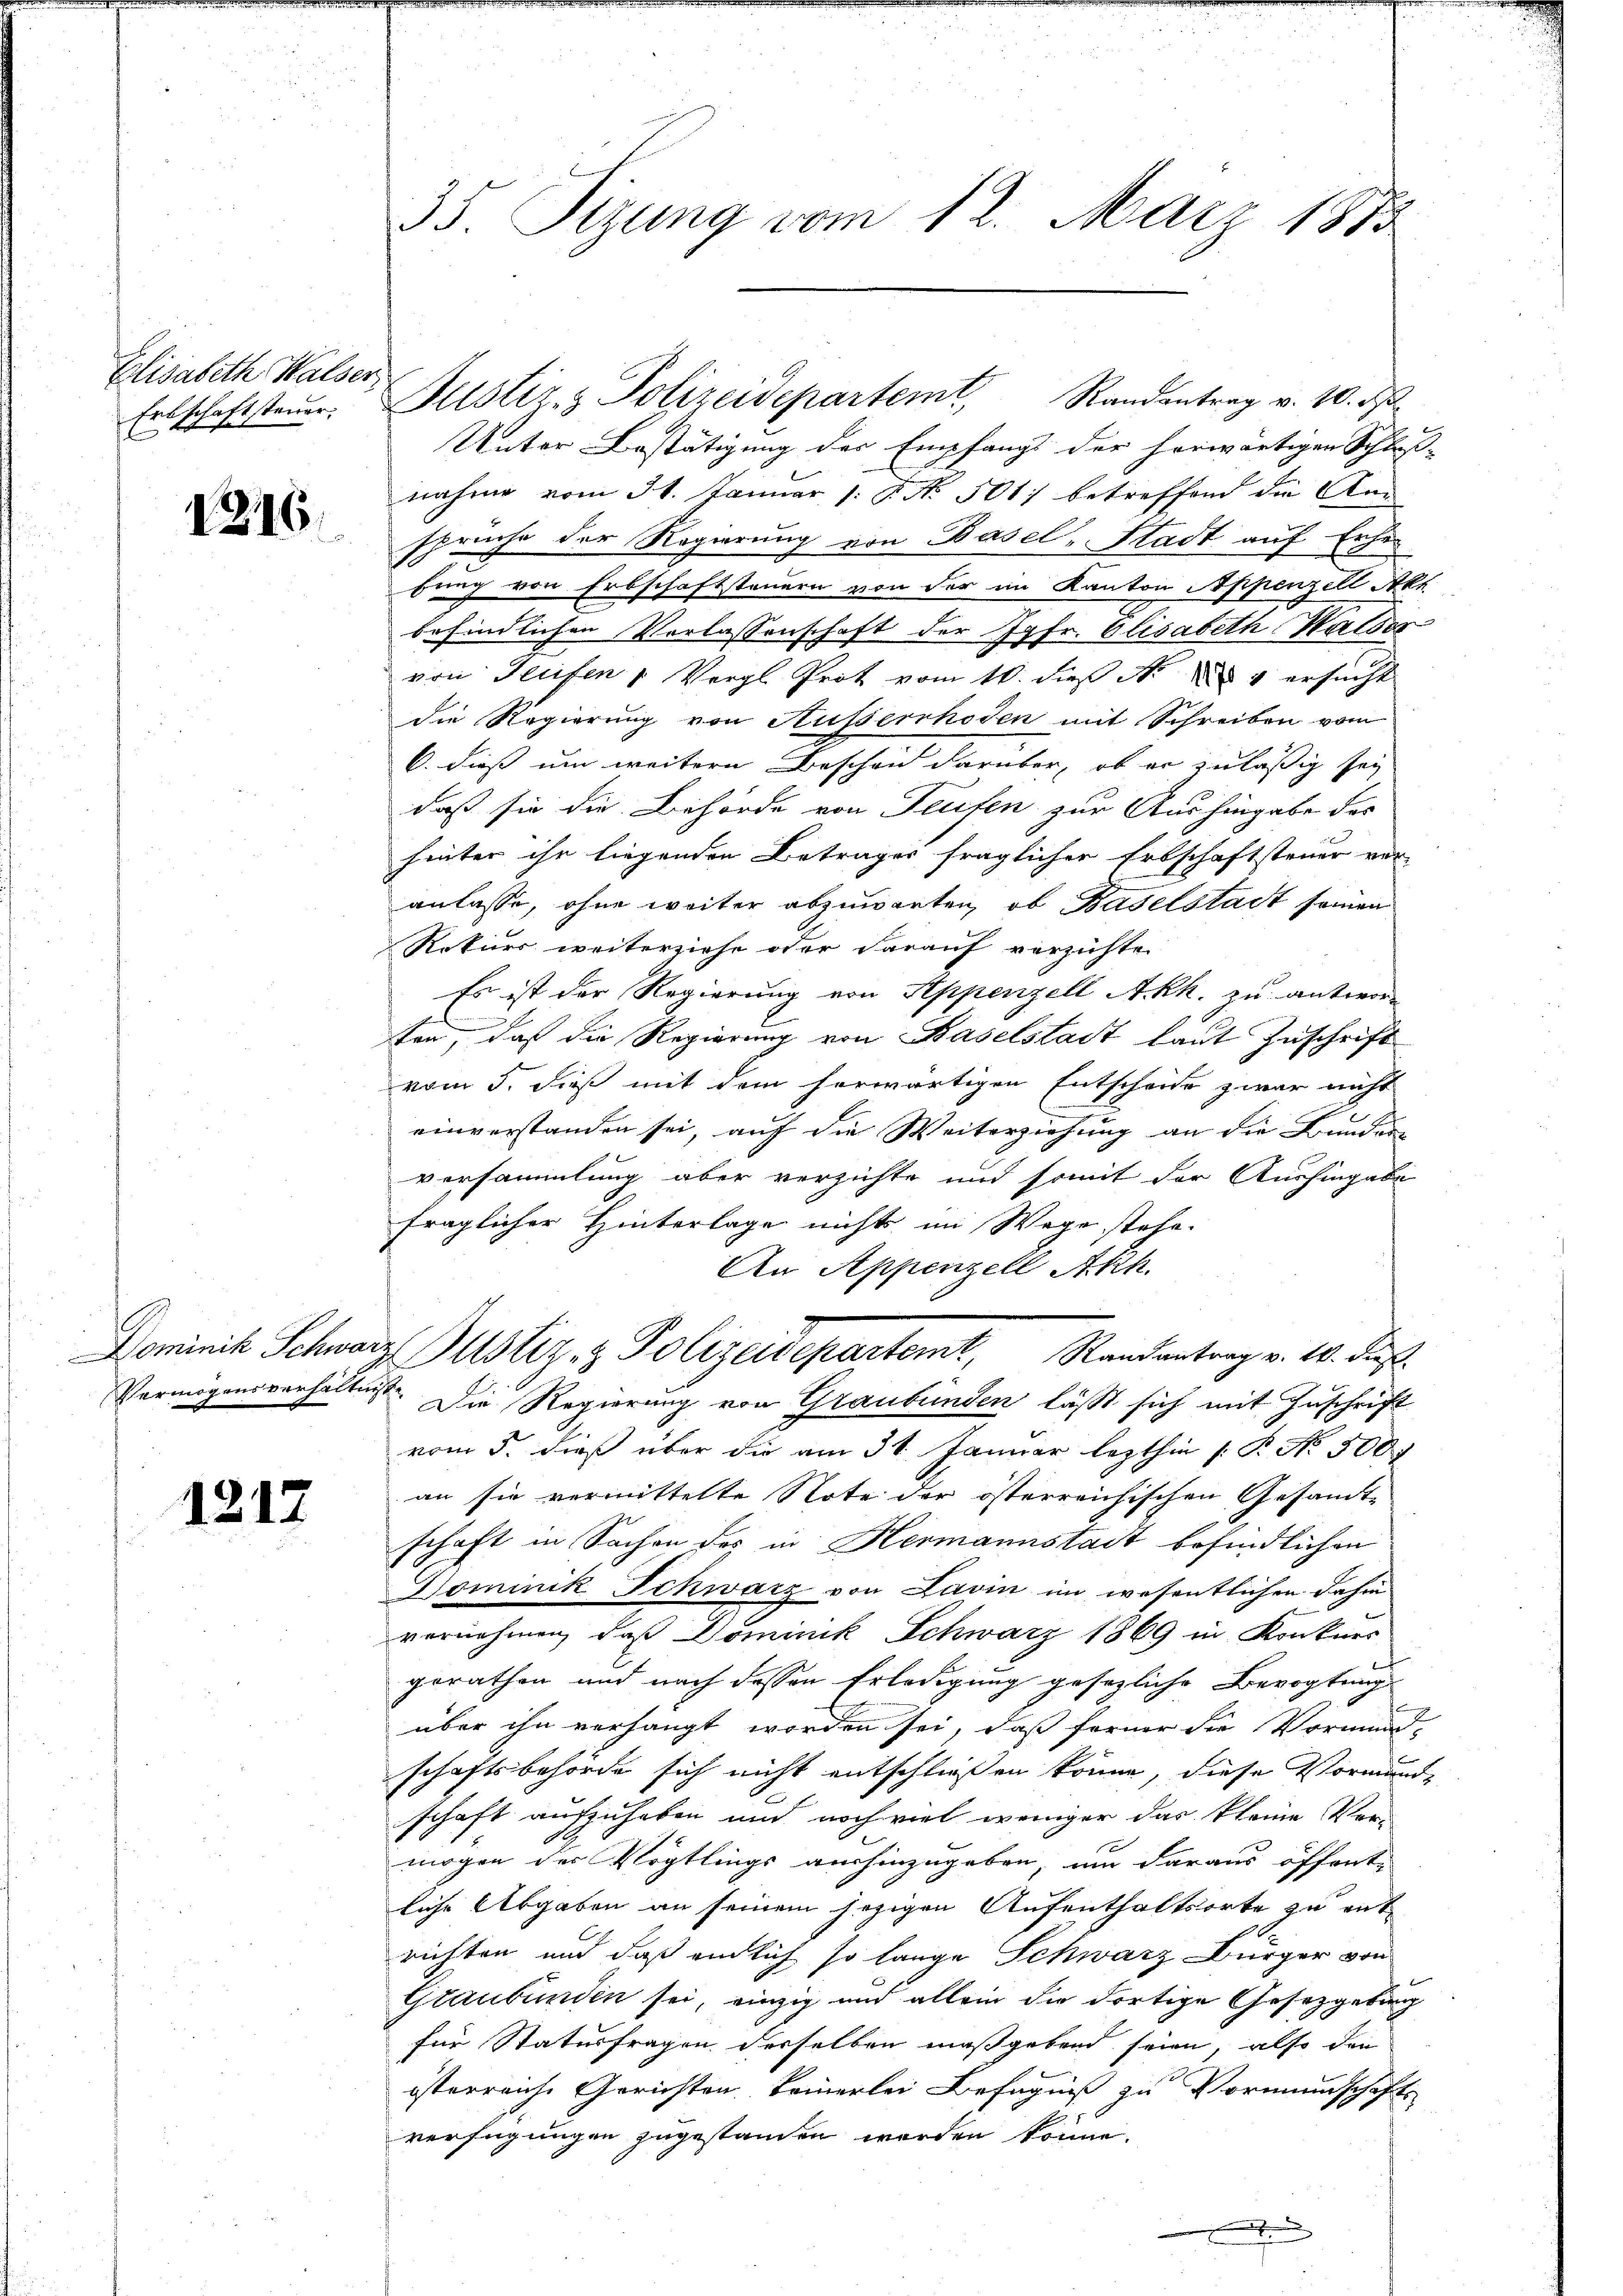
Elisabeth Walser
Ertschaftsteuer.

1216

1217

nahme vom 31. Januar 1: P. No. 501) betreffend die Ansprüche der Regierung von Basel-Stadt auf Erhebung von Erbschaftsteuern von der im Kanton Appenzell Akt
befindlichen Vorlassenschaft der Jgfr. Elisabeth Halder
von Teufen u. Vergl. Prot vom 10. dieß N. N. 4 ersucht
die Regierung von Ausserrhoden mit Schreiben vom
O. dieß um weitere Beschon darüber, ob er zuläßig sey
daß sie die Behörde von Teufen zur Aushingabe des
hinter ihr liegenden Betrages fraglicher Erbschaft steuer vor-
anlasse, ohne weiter abzuwarten, ob Baselstadt seinen
Rekurs weiterziehe oder darauf verzichten
Es ist der Regierung von Appenzell A.Rh. zu antworten, daß die Regierung von Baselstadt laut Zuschrift
vom 5. dieß mit dem herwärtigen Entscheide zwar nicht
einverstanden sei, auf die Weiterziehung an die Kunder-
versammlung aber verzichte und somit der Aushingabe
fraglicher Hinterlage nichts im Wege stehe.
An Appenzell Akh.
Dominik Schwarz Gustiz & Polizeidepartemt, Randantrag v. 10. ds.
Vermögensverhältnis. Die Regierung von Graubünden läßt sich mit Zuschrift
vom 5. dieß über die am 31. Januar lezthin 1. P. No. 500.
an sie vermittelte Note der österreichischen Gesamt-
schaft in Sachen des in Hermannstadt befindlichen
Dominik Schwarz von Lavin im wesentlichen dahin
vernehmen, daß Dominik Schwarz 1869 in Konkurs
gerathen und nach dessen Erledigung gesezliche Bevogtung
b
über ihn verhängt worden sei, daß ferner die Vormund-
schaftsbehörde sich nicht entschließen könne, diese Vormunde
schaft aufzuheben und noch viel weniger das kleine Ver-
mögen der Vögtlings aushinzugeben, um daraus öffentliche Abgaben an seinem jezigen Aufenthaltsorte zu entrichten und daß endlich so lange Schwarz Bürger von
Graubünden sei, einzig und allein die dortige Gesetzgebung
für Statusfragen derselben maßgebend seien, also den
österreiche Gerichten keinerlei Befugniß zu Vormundschaft
verfügungen zugestanden worden könne.

35. Sizung vom 12. März 1873

Justiz- & Polizeidepartemt, Randantrag v. 10. ds
Unter Bestätigung der Empfangs der herwärtigen Schluß-